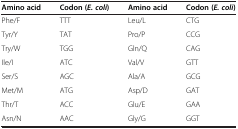
<table><thead><tr><td><b>Amino acid</b></td><td><b>Codon ( <i>E. coli </i>)</b></td><td><b>Amino acid</b></td><td><b>Codon ( <i>E. coli </i>)</b></td></tr></thead><tbody><tr><td>Phe/F</td><td>TTT</td><td>Leu/L</td><td>CTG</td></tr><tr><td>Tyr/Y</td><td>TAT</td><td>Pro/P</td><td>CCG</td></tr><tr><td>Try/W</td><td>TGG</td><td>Gln/Q</td><td>CAG</td></tr><tr><td>Ile/I</td><td>ATC</td><td>Val/V</td><td>GTT</td></tr><tr><td>Ser/S</td><td>AGC</td><td>Ala/A</td><td>GCG</td></tr><tr><td>Met/M</td><td>ATG</td><td>Asp/D</td><td>GAT</td></tr><tr><td>Thr/T</td><td>ACC</td><td>Glu/E</td><td>GAA</td></tr><tr><td>Asn/N</td><td>AAC</td><td>Gly/G</td><td>GGT</td></tr></tbody></table>